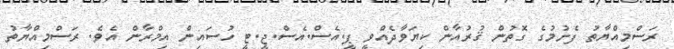
ރަސްމިއްޔާތު ފެށުމުގެ ގޮތުން ޤުރުއާން ކިޔަވާދެއްވީ ޕީ.އެސް.އެސް.ޖީ.ޓީ ހުސައިން އިމްރާން އެވެ. ރަސްމިއްޔާތު